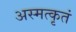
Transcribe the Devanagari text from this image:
अस्मत्कृतं